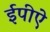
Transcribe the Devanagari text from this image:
ईपीऐ